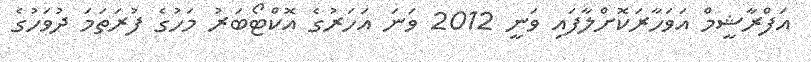
އަފްރާޝީމް އަވަހާރަކޮށްލާފައި ވަނީ 2012 ވަނަ އަހަރުގެ އޮކްޓޯބަރު މަހުގެ ފުރަތަމަ ދުވަހުގެ